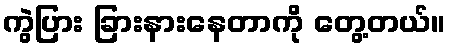
ကွဲပြား ခြားနားနေတာကို တွေ့တယ်။